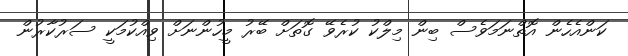
ކަންއެހެން އޮތްނަމަވެސް ބިން މިލްކު ކުރެވޭ ގޮތަށް ބޭރު މީހުންނަށް ވިއްކުމަކީ ސަރުކާރުން